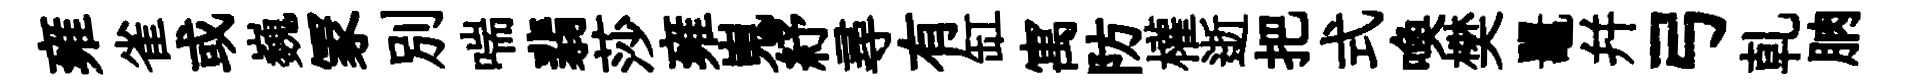
雍雀或巍冡別喘翡莎雍嵬紓尋有缸寓防權逝把式喚樊鼉幷弓乹朒